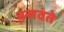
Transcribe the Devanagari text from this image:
बसवंते